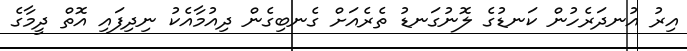
އިރު އުނދަރެހުން ކަނޑުގެ ލޮނުގަނޑު ތެރެއަށް ގެނބިގެން ދިއުމާއެކު ނިދިފައި އޮތް ދީމާގެ